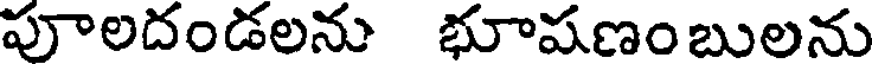
పూలదండలను భూషణంబులను